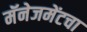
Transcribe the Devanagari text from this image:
मॅनेजमेंटचा